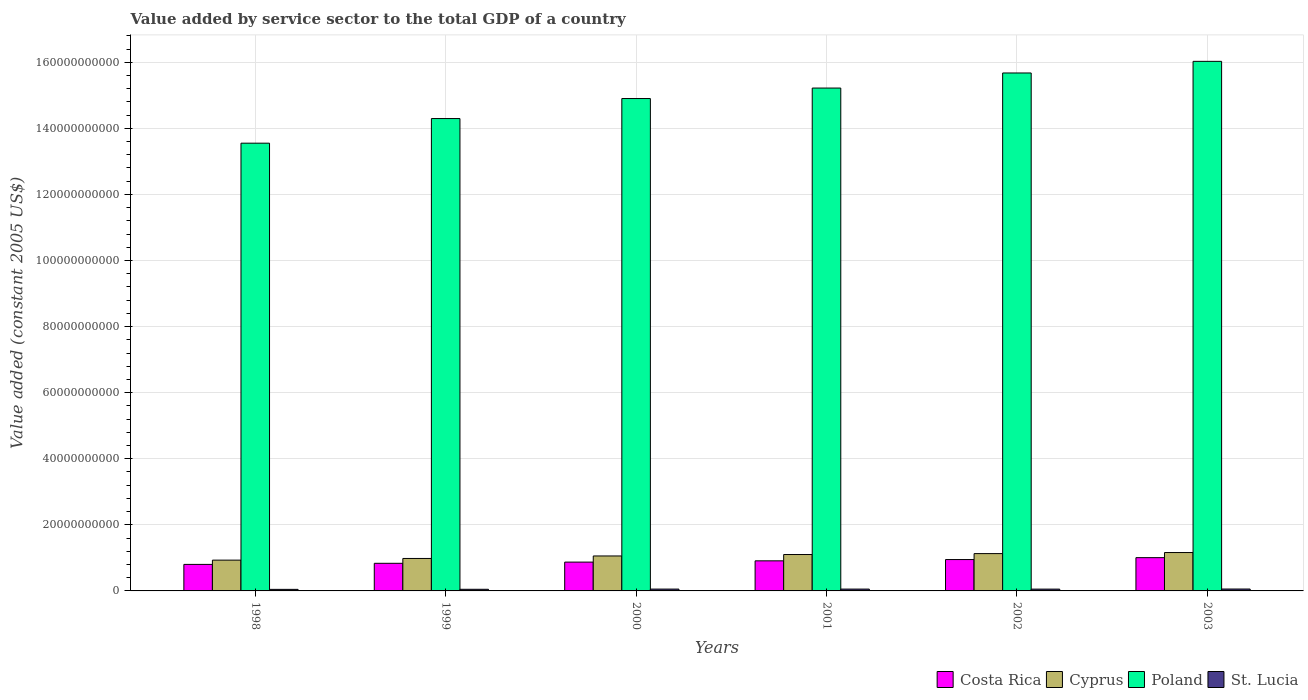
| Years | Costa Rica | Cyprus | Poland | St. Lucia |
 | --- | --- | --- | --- | --- |
 | 1998 | 8.03e+09 | 9.32e+09 | 1.36e+11 | 4.72e+08 |
 | 1999 | 8.36e+09 | 9.83e+09 | 1.43e+11 | 4.93e+08 |
 | 2000 | 8.72e+09 | 1.06e+10 | 1.49e+11 | 5.53e+08 |
 | 2001 | 9.11e+09 | 1.1e+10 | 1.52e+11 | 5.57e+08 |
 | 2002 | 9.49e+09 | 1.13e+10 | 1.57e+11 | 5.46e+08 |
 | 2003 | 1.01e+10 | 1.16e+10 | 1.6e+11 | 5.74e+08 |